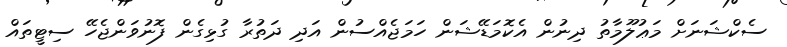
ސެކްޝަނަށް މަޢުލޫމާތު ދިނުން އެކޮމަޑޭޝަން ހަމަޖެއްސުން އަދި ދަތުރާ ގުޅިގެން ފޮނުވަންޖެހޭ ސިޓީތައް